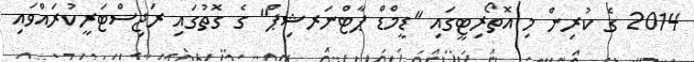
2014 ގެ ކުރިން މި އޮތޯރިޓީގައި "ޑީމްޑް ޕާޓްނަރޝިޕް" ގެ ގޮތުގައި ރަޖިސްޓަރީކުރައްވައި